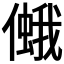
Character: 𠏃